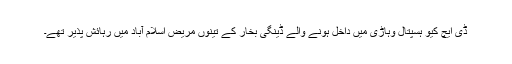
ڈی ایچ کیو ہسپتال وہاڑی میں داخل ہونے والے ڈینگی بخار کے تینوں مریض اسلام آباد میں رہائش پذیر تھے۔